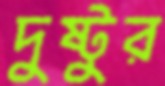
দুষ্টুর